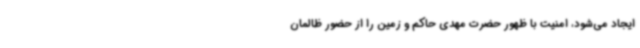
ایجاد می‌شود، امنیت با ظهور حضرت مهدی حاکم و زمین را از حضور ظالمان